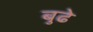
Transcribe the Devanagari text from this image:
बुढे